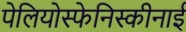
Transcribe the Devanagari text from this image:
पेलियोस्फेनिस्कीनाई